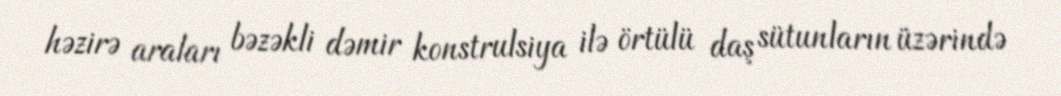
həzirə araları bəzəkli dəmir konstrulsiya ilə örtülü daş sütunların üzərində